School attendance. Commencing and leaving dates, 1937
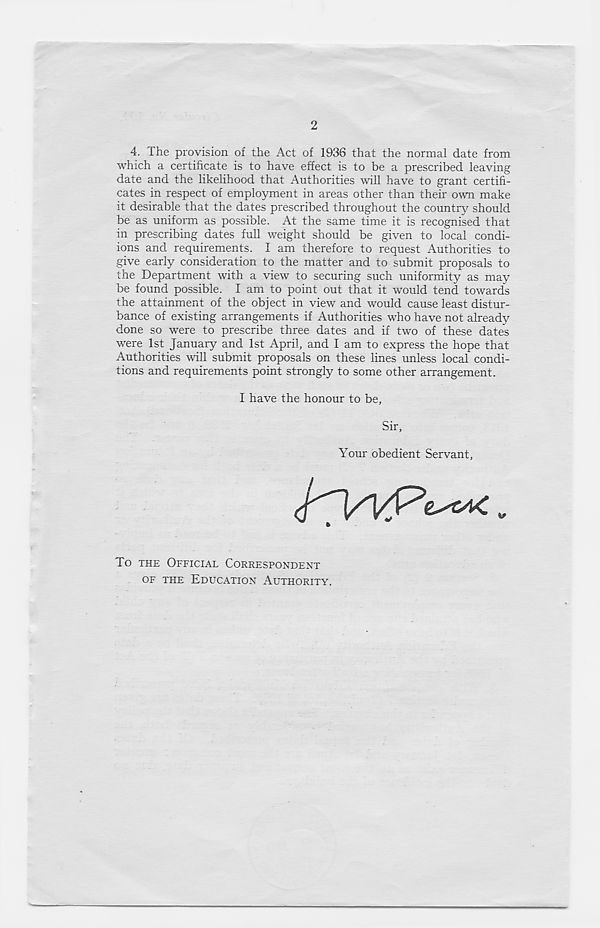
2
4. The provision of the Act of 1936 that the normal date from
which a certificate is to have effect is to be a prescribed leaving
date and the likelihood that Authorities will have to grant certifi-
cates in respect of employment in areas other than their own make
it desirable that the dates prescribed throughout the country should
be as uniform as possible. At the same time it is recognised that
in prescribing dates full weight should be given to local condi-
ions and requirements. I am therefore to request Authorities to
give early consideration to the matter and to submit proposals to
the Department with a view to securing such uniformity as may
be found possible. I am to point out that it would tend towards
the attainment of the object in view and would cause least distur-
bance of existing arrangements if Authorities who have not already
done so were to prescribe three dates and if two of these dates
were 1st January and 1st April, and I am to express the hope that
Authorities will submit proposals on these lines unless local condi-
tions and requirements point strongly to some other arrangement.
I have the honour to be,
Sir,
Your obedient Servant,
To THE OFFICIAL CORRESPONDENT
OF THE EDUCATION AUTHORITY.